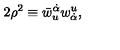
2 \rho ^ { 2 } \equiv \bar { w } _ { u } ^ { \dot { \alpha } } w _ { \dot { \alpha } } ^ { u } ,